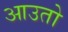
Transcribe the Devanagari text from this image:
आउतो